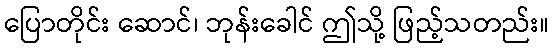
ပြောတိုင်း ဆောင်၊ ဘုန်းခေါင် ဤသို့ ဖြည့်သတည်း။